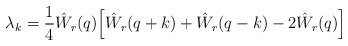
\begin{align*} \lambda_k = \frac 14 \hat W_r(q) \Big[ \hat W_r(q+k) + \hat W_r(q-k) -2 \hat W_r(q)\Big]\end{align*}